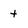
Character: t